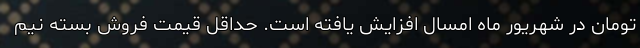
تومان در شهریور ماه امسال افزایش یافته است. حداقل قیمت فروش بسته نیم